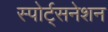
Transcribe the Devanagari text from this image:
स्पोर्ट्सनेशन